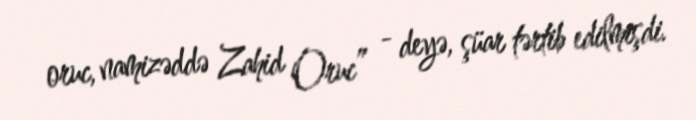
oruc, namizəddə Zahid Oruc” - deyə, şüar tərtib edilmişdi.